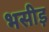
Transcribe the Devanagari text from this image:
भसीड़